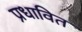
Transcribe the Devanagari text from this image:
प्रधावित